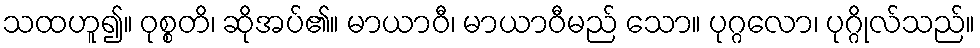
သထဟူ၍။ ဝုစ္စတိ၊ ဆိုအပ်၏။ မာယာဝီ၊ မာယာဝီမည် သော။ ပုဂ္ဂလော၊ ပုဂ္ဂိုလ်သည်။